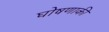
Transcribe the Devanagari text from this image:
घोषणाकी